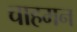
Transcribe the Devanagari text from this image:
चाहमन